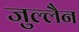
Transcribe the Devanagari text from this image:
जुल्लैन